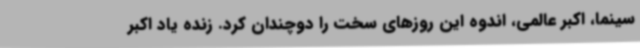
سینما، اکبر عالمی، اندوه این روزهای سخت را دوچندان کرد. زنده یاد اکبر